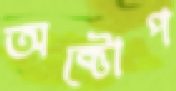
অক্টোপ